Vaccination in Burma 1912-1922 - 1912-1922
Year: 1912
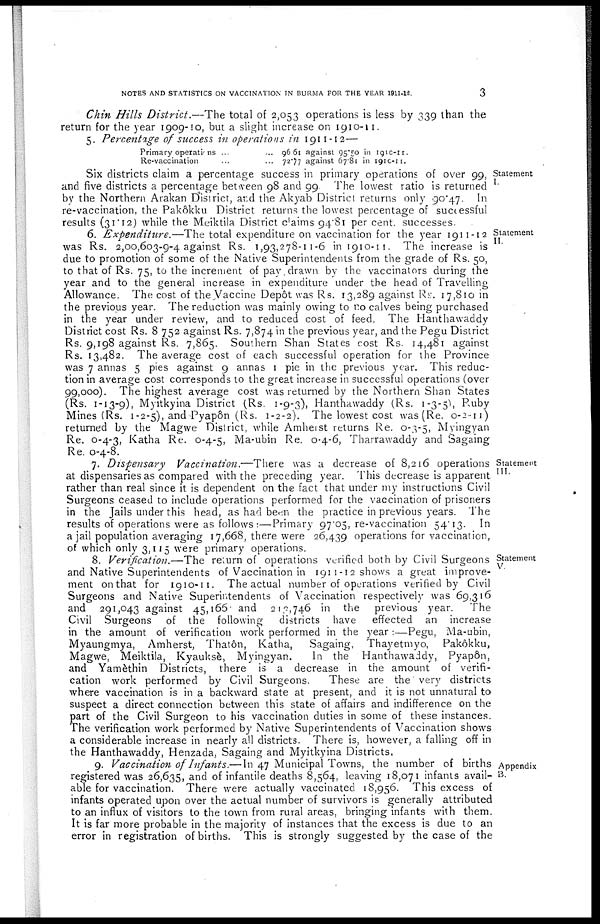
NOTES AND STATISTICS ON VACCINATION IN BURMA FOR THE YEAR 1911-12.
3
Chin Hills District.—The
total of 2,053 operations is less by 339 than the
return for the year 1909-10, but a slight increase on 1910-11.
5. Percentage of success in operations in 1911-12—
Primary operations ... ...
Re-vaccination ... ...
96.61 against 95.30 in 1910-11.
72.77 against 67.81 in 1910-11.
Statement
I.
Six districts claim a percentage success in primary operations of over 99,
and five districts a percentage between 98 and 99. The lowest ratio is returned
by the Northern Arakan District, and the Akyab District returns only 90.47. In
re-vaccination, the Pakôkku District returns the lowest percentage of successful
results (31.12) while the Meiktila District claims 94.81 per cent. successes.
Statement
II.
6. Expenditure.—The
total expenditure on vaccination for the year 1911 -12
was Rs. 2,00,603-9-4 against Rs. 1,93,278-11-6 in 1910-11. The increase is
due to promotion of some of the Native Superintendents from the grade of Rs. 50,
to that of Rs. 75, to the increment of pay drawn by the vaccinators during the
year and to the general increase in expenditure under the head of Travelling
Allowance. The cost of the Vaccine Depôt was Rs. 13,289 against Rs. 17,810 in
the previous year. The reduction was mainly owing to no calves being purchased
in the year under review, and to reduced cost of feed. The Hanthawaddy
District cost Rs. 8,752 against Rs. 7,874 in the previous year, and the Pegu District
Rs. 9,198 against Rs. 7,865. Southern Shan States cost Rs. 14,481 against
Rs. 13,482. The average cost of each successful operation for the Province
was 7 annas 5 pies against 9 annas 1 pie in the previous year. This reduc-
tion in average cost corresponds to the great increase in successful operations (over
99,000). The highest average cost was returned by the Northern Shan States
(Rs. 1-13-9), Myitkyina District (Rs. 1-9-3), Hanthawaddy (Rs. 1-3-5), Ruby
Mines (Rs. 1-2-5), and Pyapôn (Rs. 1-2-2). The lowest cost was (Re. 0-2-11)
returned by the Magwe District, while Amherst returns Re. 0-3-5, Myingyan
Re. 0-4-3, Katha Re. 0-4-5, Ma-ubin Re. 0-4-6, Tharrawaddy and Sagaing
Re. 0-4-8.
Statement
III.
7. Dispensary
Vaccination.—There
was a decrease of 5,216 operations
at dispensaries as compared with the preceding year. This decrease is apparent
rather than real since it is dependent on the fact that under my instructions Civil
Surgeons ceased to include operations performed for the vaccination of prisoners
in the Jails under this head, as had been the practice in previous years. The
results of operations were as follows:—Primary 97.05, re-vaccination 54.13. In
a jail population averaging 17,668, there were 26,439 operations for vaccination,
of which only 3,115 were primary operations.
Statement
V.
8. Verification.—The
return of operations verified both by Civil Surgeons
and Native Superintendents of Vaccination in 1911-12 shows a great improve-
ment on that for 1910-11. The actual number of operations verified by Civil
Surgeons and Native Superintendents of Vaccination respectively was 69,316
and 291,043 against 45,166 and 213,746 in the previous year.
The
Civil Surgeons of the following
districts have
effected an increase
in the amount of verification work performed in the year :—Pegu, Ma-ubin,
Myaungmya, Amherst, Thatôn, Katha,
Sagaing, Thayetmyo,
Pakôkku,
Magwe, Meiktila, Kyauksè, Myingyan.
In the Hanthawaddy, Pyapôn,
and Yamèthin Districts, there is a decrease in the amount of verifi-
cation work performed by Civil Surgeons.
These are the' very districts
where vaccination is in a backward state at present, and it is not unnatural to
suspect a direct connection between this state of affairs and indifference on the
part of the Civil Surgeon to his vaccination duties in some of these instances.
The verification work performed by Native Superintendents of Vaccination shows
a considerable increase in nearly all districts. There is, however, a falling off in
the Hanthawaddy, Henzada, Sagaing and Myitkyina Districts.
Appendix
B.
9. Vaccination of Infants.— In 47 Municipal Towns, the number of births
registered was 26,635, and of infantile deaths 8,564, leaving 18,071 infants avail-
able for vaccination. There were actually vaccinated 18,956. This excess of
infants operated upon over the actual number of survivors is generally attributed
to an influx of visitors to the town from rural areas, bringing infants with them.
It is far more probable in the majority of instances that the excess is due to an
error in registration of births. This is strongly suggested by the case of the